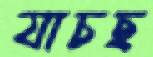
যাচছ